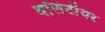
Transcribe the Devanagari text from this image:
वॉलंटीयर